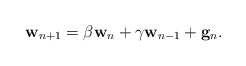
\begin{align*}\mathbf{w}_{n+1}=\beta \mathbf{w}_{n}+\gamma \mathbf{w}_{n-1}+\mathbf{g}_{n}.\end{align*}